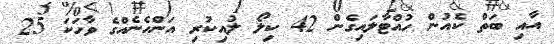
އާއި ބަތް ކެއުން ހުއްޓާލައިގެން 42 ކިލޯ ލުއިކުރި އަންހެނެއްގެ ވާހަކަ 25